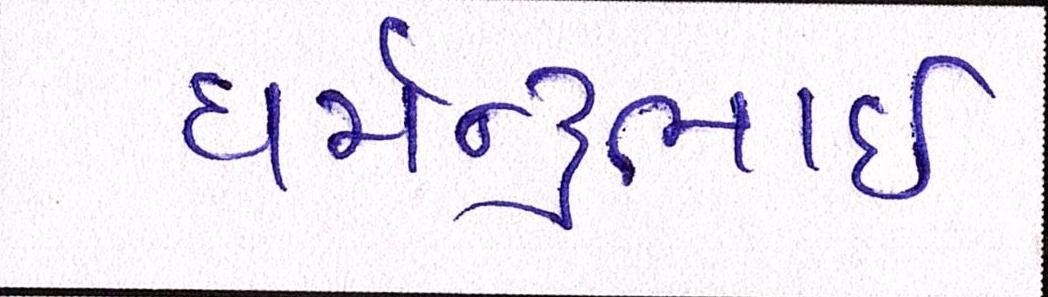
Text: ધર્મેન્દ્રભાઇ